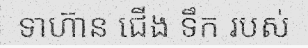
ទាហ៊ាន ជើង ទឹក របស់